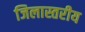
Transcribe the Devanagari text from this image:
जिलास्तरीय